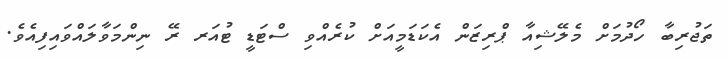
ތަޖުރިބާ ހޯދުމަށް މެލޭޝިއާ ޕްރިޒަން އެކަޑަމީއަށް ކުރެއްވި ސްޓަޑީ ޓުއަރ ރޭ ނިންމަވާލައްވައިފިއެވެ.